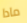
مادا